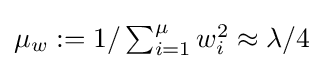
\textstyle \mu _{w}:=1/\sum _{i=1}^{\mu }w_{i}^{2}\approx \lambda /4